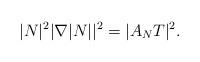
LaTeX: \begin{align*}|N|^2|\nabla|N||^2=|A_NT|^2.\end{align*}